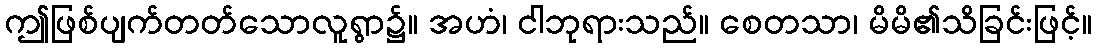
ဤဖြစ်ပျက်တတ်သောလူရွာ၌။ အဟံ၊ ငါဘုရားသည်။ စေတသာ၊ မိမိ၏သိခြင်းဖြင့်။